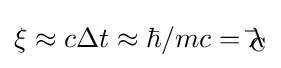
\xi \approx c\Delta t\approx \hbar /mc=\lambda \!\!\!{\bar {}}_{\text{C}}